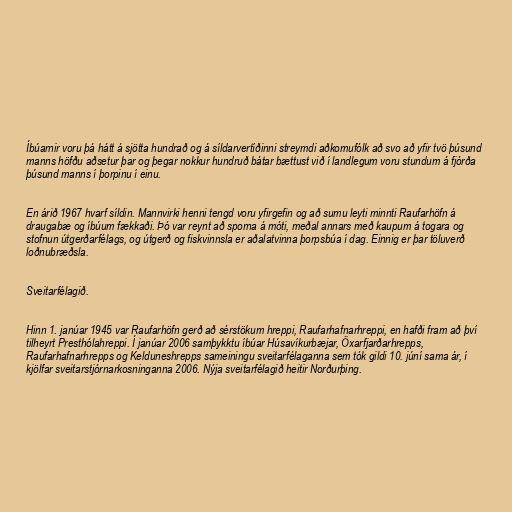
Íbúarnir voru þá hátt á sjötta hundrað og á síldarvertíðinni streymdi aðkomufólk að svo að yfir tvö þúsund
manns höfðu aðsetur þar og þegar nokkur hundruð bátar bættust við í landlegum voru stundum á fjórða
þúsund manns í þorpinu í einu.

En árið 1967 hvarf síldin. Mannvirki henni tengd voru yfirgefin og að sumu leyti minnti Raufarhöfn á
draugabæ og íbúum fækkaði. Þó var reynt að sporna á móti, meðal annars með kaupum á togara og
stofnun útgerðarfélags, og útgerð og fiskvinnsla er aðalatvinna þorpsbúa í dag. Einnig er þar töluverð
loðnubræðsla.

Sveitarfélagið.

Hinn 1. janúar 1945 var Raufarhöfn gerð að sérstökum hreppi, Raufarhafnarhreppi, en hafði fram að því
tilheyrt Presthólahreppi. Í janúar 2006 samþykktu íbúar Húsavíkurbæjar, Öxarfjarðarhrepps,
Raufarhafnarhrepps og Kelduneshrepps sameiningu sveitarfélaganna sem tók gildi 10. júní sama ár, í
kjölfar sveitarstjórnarkosninganna 2006. Nýja sveitarfélagið heitir Norðurþing.